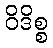
ဝိဒိစ္စ